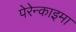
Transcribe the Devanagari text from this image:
पेरेन्काइमा